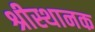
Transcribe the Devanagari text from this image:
श्रीस्थानक